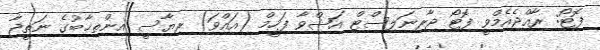
ފޮޓޯ: ރާއްޖެއެމްވީ ފޮޓޯ ޖާރނަލިސްޓް އަޝްވާ ފަހީމް (އައްވަ) ރިޔާސީ އިންތިޚާބުގެ ނަތީޖާ